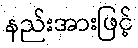
နည်းအားဖြင့်